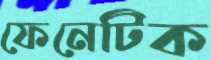
ফেনেটিক